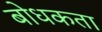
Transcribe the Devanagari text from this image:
बोधकता